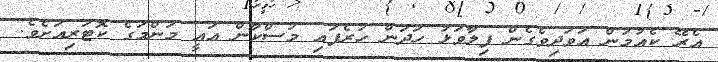
އެރޭ ކެއުމުން އަވަދިވެގެން ފިލާވަޅު ހަދަން ހުރެފައި މުސްކާން އައީ މަންމަގެ ކޮޓަރިއަށެވެ.